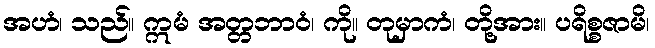
အဟံ၊ သည်။ ဣမံ အတ္တဘာဝံ၊ ကို။ တုမှာကံ၊ တို့အား။ ပရိစ္စဇာမိ၊